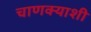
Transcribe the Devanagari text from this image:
चाणक्याशी